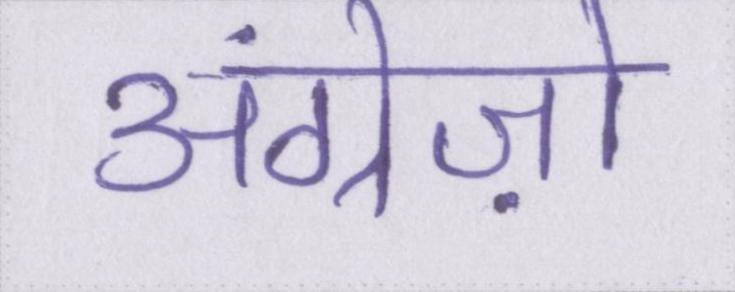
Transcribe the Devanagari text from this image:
अंग्रेज़ो